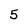
Character: 5